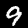
Label: 9